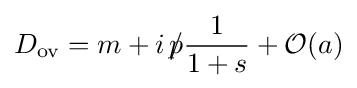
D_{\text{ov}}=m+i\,{p\!\!\!/}{\frac {1}{1+s}}+{\mathcal {O}}(a)